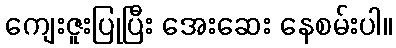
ကျေးဇူးပြုပြီး အေးဆေး နေစမ်းပါ။